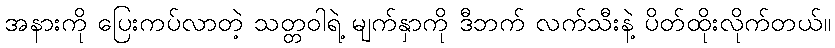
အနားကို ပြေးကပ်လာတဲ့ သတ္တဝါရဲ့ မျက်နှာကို ဒီဘက် လက်သီးနဲ့ ပိတ်ထိုးလိုက်တယ်။